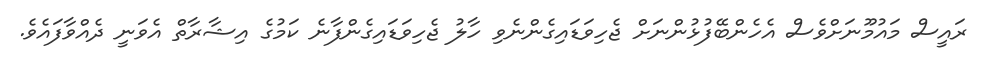
ރައީސް މައުމޫނަށްވެސް އެހެންބޭފުޅުންނަށް ޖެހިވަޑައިގެންނެވި ހާލު ޖެހިވަޑައިގެންފާނެ ކަމުގެ އިޝާރާތް އެވަނީ ދެއްވާފައެވެ.